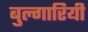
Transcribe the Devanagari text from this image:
बुल्गारियी